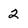
Character: 2